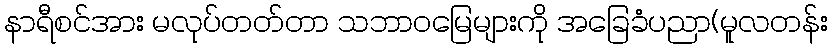
နာရီစင်အား မလုပ်တတ်တာ သဘာဝမြေများကို အခြေခံပညာ(မူလတန်း